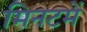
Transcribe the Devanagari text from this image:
मिनटमें